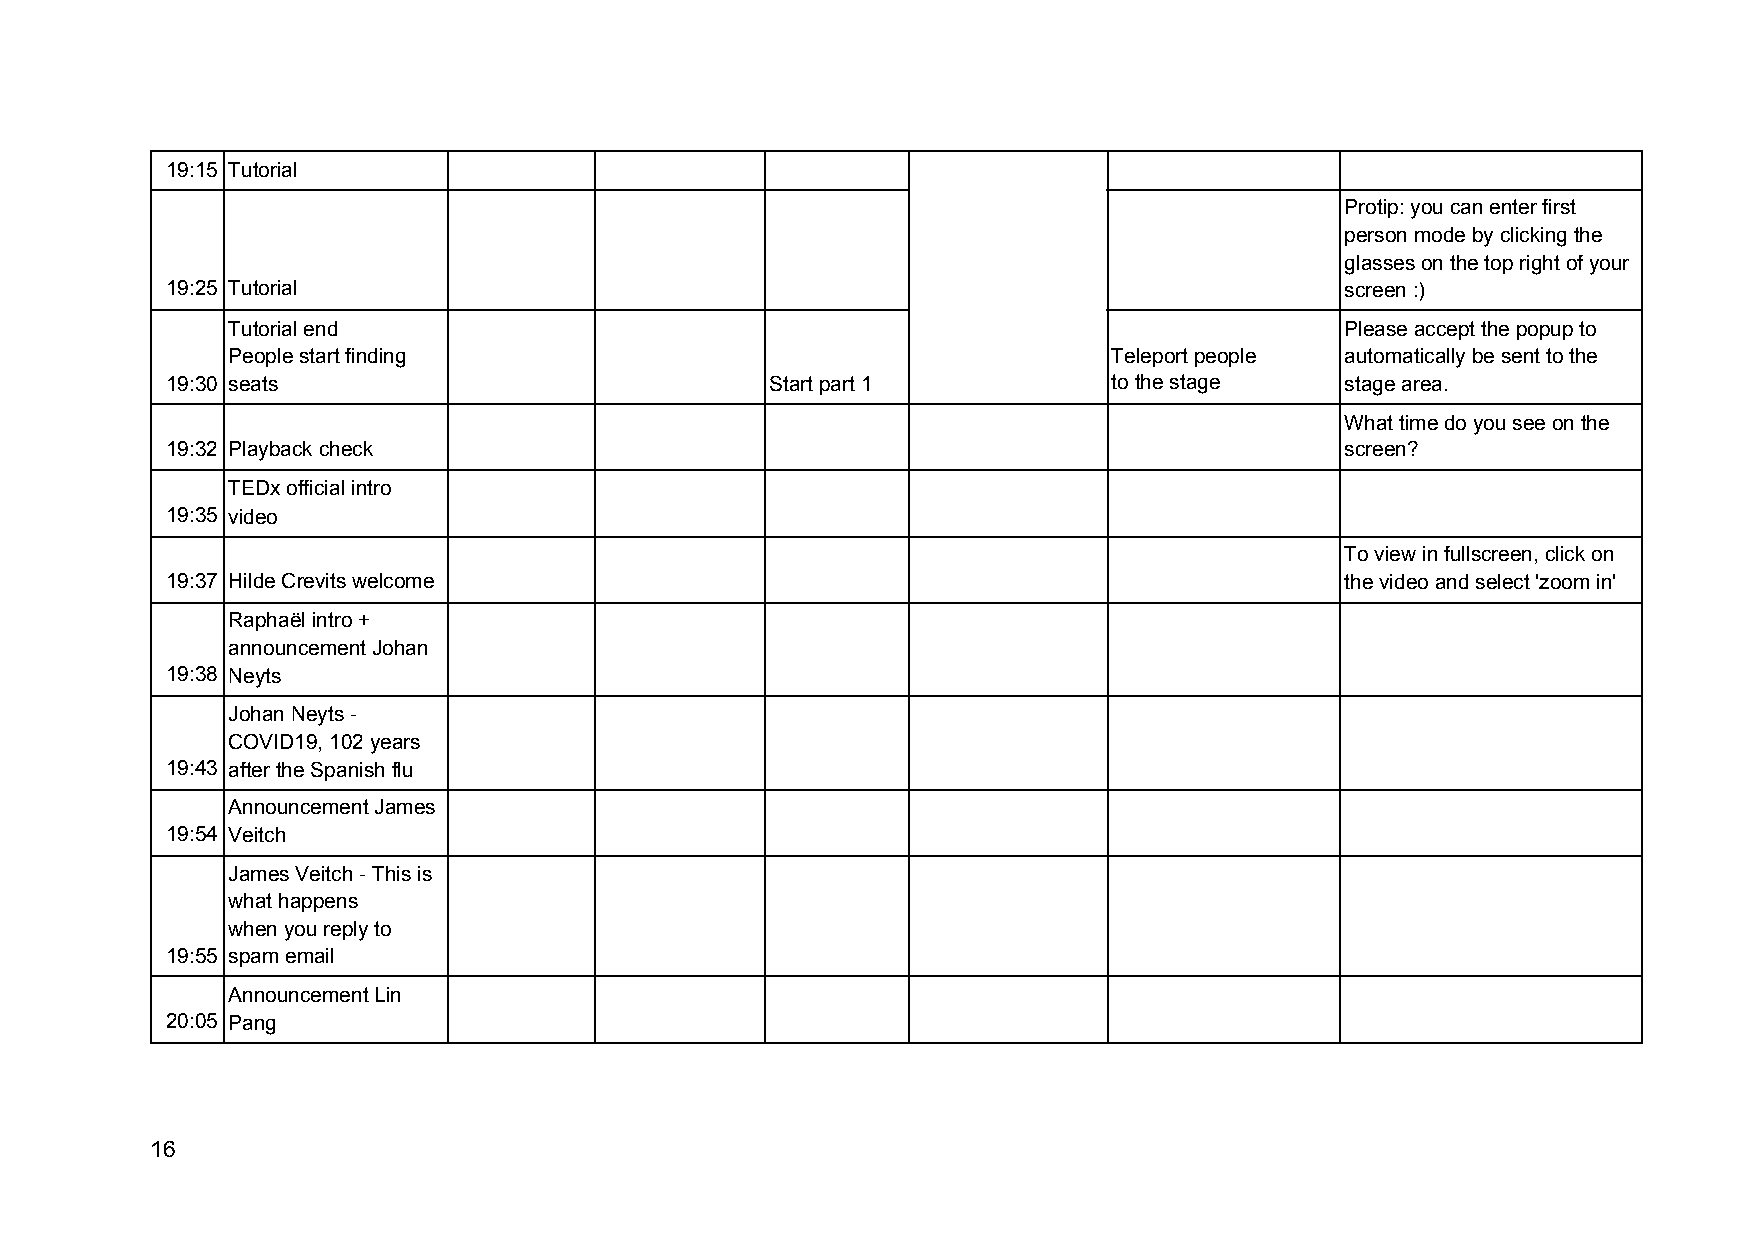
19:15 Tutorial
 Protip: you can enter first
 person mode by clicking the
 glasses on the top right of your
 19:25 Tutorial                                                                screen :)
 Tutorial end                                                              Please accept the popup to
 People start finding                                       Teleport people automatically be sent to the
 19:30 seats                             Start part 1           to the stage   stage area.
 What time do you see on the
 19:32 Playback check                                                          screen?
 TEDx official intro
 19:35 video
 To view in fullscreen, click on
 19:37 Hilde Crevits welcome                                                   the video and select 'zoom in'
 Raphaël intro +
 announcement Johan
 19:38 Neyts
 Johan Neyts -
 COVID19, 102 years
 19:43 after the Spanish flu
 Announcement James
 19:54 Veitch
 James Veitch - This is
 what happens
 when you reply to
 19:55 spam email
 Announcement Lin
 20:05 Pang
 16